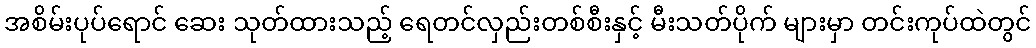
အစိမ်းပုပ်ရောင် ဆေး သုတ်ထားသည့် ရေတင်လှည်းတစ်စီးနှင့် မီးသတ်ပိုက် များမှာ တင်းကုပ်ထဲတွင်